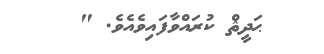
ޙަދީޘް ކުރައްވާފައިވެއެވެ. "